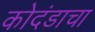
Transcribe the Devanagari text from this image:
कोदंडाचा